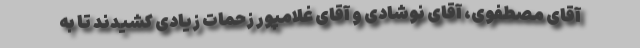
آقای مصطفوی، آقای نوشادی و آقای غلامپور زحمات زیادی کشیدند تا به